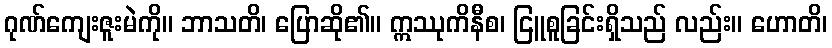
ဂုဏ်ကျေးဇူးမဲကို။ ဘာသတိ၊ ပြောဆို၏။ ဣဿုကိနီစ၊ ငြူစူခြင်းရှိသည် လည်း။ ဟောတိ၊